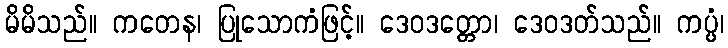
မိမိသည်။ ကတေန၊ ပြုသောကံဖြင့်။ ဒေဝဒတ္တော၊ ဒေဝဒတ်သည်။ ကပ္ပံ၊